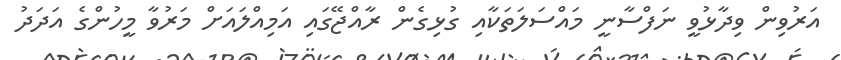
އަރުވިން ވިދާޅުވީ ނަފްސާނީ މައްސަލަތަކާއި ގުޅިގެން ރާއްޖޭގައި އަމިއްލައަށް މަރުވާ މީހުންގެ އަދަދު